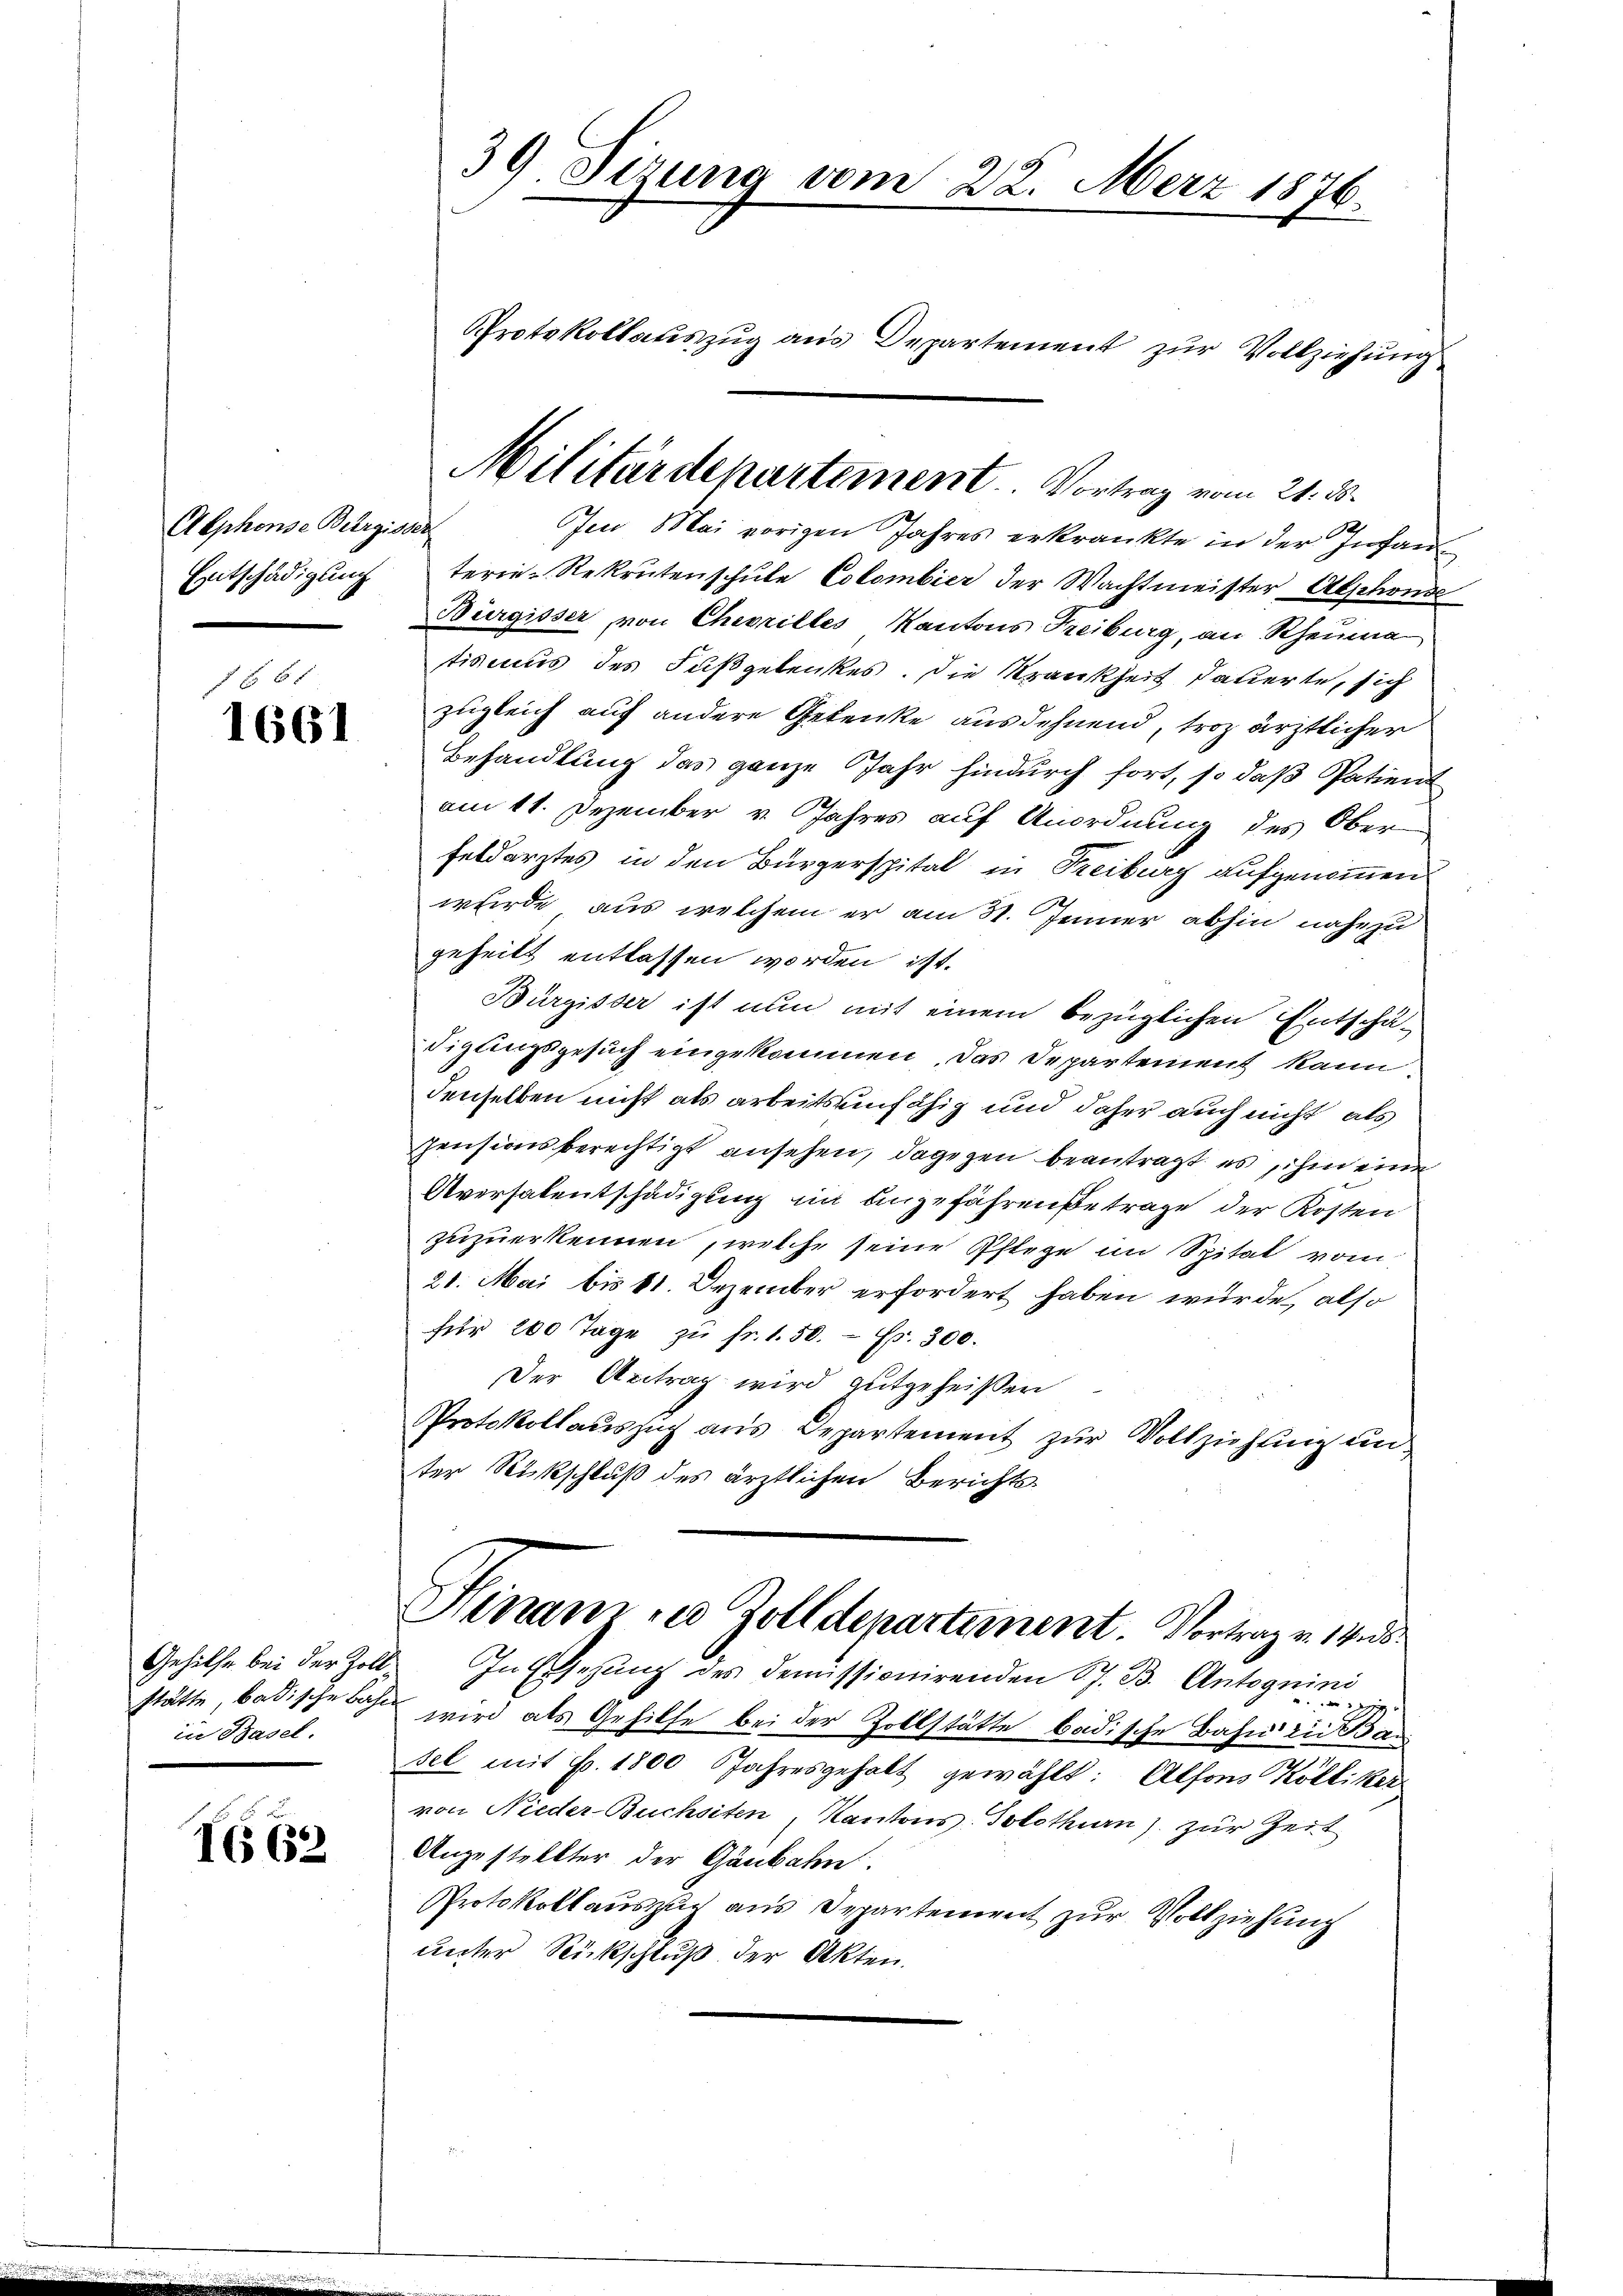
Alphonse Bergisser
Eritschädigung

1661

Gehilfe bei der Zoll
stätte, badische Bahn
in Basel.

IG 62

39. Sizung vom 22. März 1876.
Protokollauszug aus Departement zur Vollziehung

1
Ie Mai vorigen Jahres erkränkte in der Infan
terie-Rekrutenschule Colombier der Wachtmeister Abschonde
Bürgisser von Chevrilles Kantons Freiburg, an Rheuma
tiscus des Fußgebenkes. Die Krankheit dauerte, sich
zugleich auf andere Gelenke ausdehnend, troz ärztlicher
Behandlung das ganze Jahr hindurch fort, so daß Patient
am 11. Dezember v. Jahres auf Anordnung des Ober
Feldarztes in den Bürgerspital in Freiburg aufgenommen
wurde, aus welchem er am St. Jener abhin nahezu
geheilt entlassen worden ist.
Bürgisser ist nun mit einem bezüglichen Entschädiglingsgesuch eingekommen. Das Departement kann
denselben nicht als arbeitseinfähig und daher auch nicht als
pensionsberechtigt ansehen, dagegen beantragt, es ihm eine
Aversalentschädigung im angefährengetrage der Kosten
zuzuerkennen, welche seine Pflege im Spital vom
21. Mai bis 11. Dezember erfordert haben würde, also
für 200 Tage zŭ fr. 1. 50.  Fr. 300.
Der Antrag wird gutgeheißen
Protokollaŭszŭg aŭs Departement zŭr Vollziehŭng ein
ter Rückschluß des ärztlichen Berichts-
Sinam u Zolldepartement. Vortrag v. 14. ds
 In Ersezung des demissionirenden St. B. Antognini
wird als Gehilfe bei der Zollstätte badische Bahn die Ba
sel mit Fr. 1800 Jahresgehalt gewählt: Alfons Kölliker
von Nieder Buchsiten, Kantons-Solothurn) zur Zeit
Anzustellter der Gänbahn.
Protokollauszug aus Departement zur Vollziehung
unter Rückschluß der Akten.

Militärdepartement. Vortrag vom 21. ds.